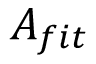
A _ { f i t }